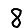
Digit: 8